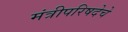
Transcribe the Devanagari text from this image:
मंत्रीपरिषदेचे